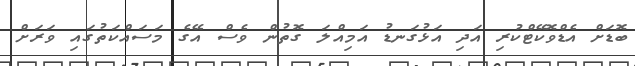
ބޮޑަށް އެޑްވޮކޭޓްކުރި އަދި އަޅުގަނޑު އަމިއްލަ ގޮތުން ވެސް އޭގެ މަސައްކަތުގައި ވަރަށް